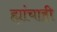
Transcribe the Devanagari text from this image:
ह्यांचाही